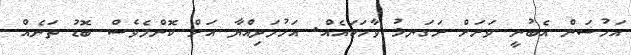
އަހުސަން އެބުނީ ވަރަށް ރަގަނޅު ވާހަކައެއް. އަހުމަދިއްޔާ އަށް ކޮންމެވެސް ބޮޑު ތަނެއް